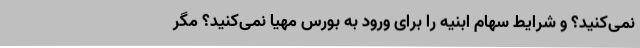
نمی‌کنید؟ و شرایط سهام ابنیه را برای ورود به بورس مهیا نمی‌کنید؟ مگر